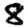
Digit: 8